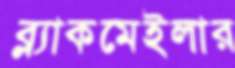
ব্ল্যাকমেইলার